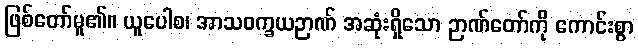
ဖြစ်တော်မူ၏။ ယူပေါစ၊ အာသဝက္ခယဉာဏ် အဆုံးရှိသော ဉာဏ်တော်ကို ကောင်းစွာ